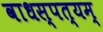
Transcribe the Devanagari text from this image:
वाधस्पत्यम्